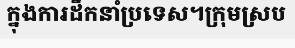
ក្នុងការដឹកនាំប្រទេស។ក្រុមស្រប